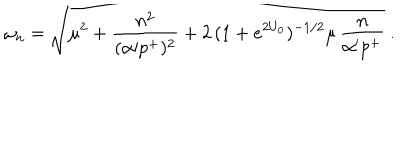
\omega _ { n } = \sqrt { \mu ^ { 2 } + { \frac { n ^ { 2 } } { ( \alpha { \prime } p ^ { + } ) ^ { 2 } } } + 2 \, ( 1 + e ^ { 2 U _ { 0 } } ) ^ { - 1 / 2 } \mu \, { \frac { n } { \alpha ^ { \prime } p ^ { + } } } } \ .